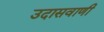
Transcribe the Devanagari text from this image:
उदासवाणी